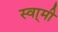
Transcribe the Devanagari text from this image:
स्वा्मी